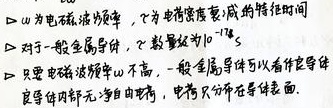
\begin{itemize}
\item $\omega$ 为电磁波角频率，$t$ 为电荷密度衰减的特征时间。
\item 对于一般金属导体，$t$ 数量级为 $10^{-17}s$。
\item 只要电磁波频率 $\omega$ 不高，一般金属导体可以看作良导体。
\item 良导体内部无净自由电荷，电荷只分布在导体表面。
\end{itemize}